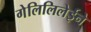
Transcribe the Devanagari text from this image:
गेलिलिलेईने